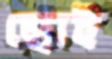
ছোই